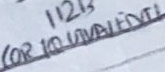
Text: (OR EQUIVALENT)